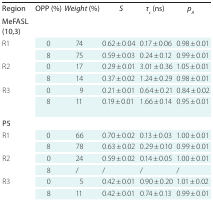
<table><thead><tr><td><b>Region</b></td><td><b>OPP (%)</b></td><td><b><i>Weight</i> (%)</b></td><td><b><i>S</i></b></td><td><b><i>τ<sub>c</sub></i> (ns)</b></td><td colspan="2"><b><i>p<sub>A</sub></i></b></td></tr></thead><tbody><tr><td><b>MeFASL(10,3)</b></td><td></td><td></td><td></td><td colspan="2"></td><td></td></tr><tr><td>R1</td><td>0</td><td>74</td><td>0.62 ± 0.04</td><td colspan="2">0.17 ± 0.06</td><td>0.98 ± 0.01</td></tr><tr><td></td><td>8</td><td>75</td><td>0.59 ± 0.03</td><td colspan="2">0.24 ± 0.12</td><td>0.99 ± 0.01</td></tr><tr><td>R2</td><td>0</td><td>17</td><td>0.29 ± 0.01</td><td colspan="2">3.01 ± 0.36</td><td>1.05 ± 0.01</td></tr><tr><td></td><td>8</td><td>14</td><td>0.37 ± 0.02</td><td colspan="2"><b>1.2</b>4 ± 0.29in</td><td>0.98 ± 0.01</td></tr><tr><td>R3</td><td>0</td><td>9</td><td>0.21 ± 0.01</td><td colspan="2">0.64 ± 0.21</td><td>0.84 ± 0.02</td></tr><tr><td></td><td>8</td><td>11</td><td>0.19 ± 0.01</td><td colspan="2">1.66 ± 0.14</td><td>0.95 ± 0.01</td></tr><tr><td><b>P5</b></td><td colspan="6"></td></tr><tr><td>R1</td><td>0</td><td>66</td><td>0.70 ± 0.02</td><td colspan="2">0.13 ± 0.03</td><td>1.00 ± 0.01</td></tr><tr><td></td><td>8</td><td>78</td><td>0.63 ± 0.02</td><td colspan="2">0.29 ± 0.10</td><td>0.99 ± 0.01</td></tr><tr><td>R2</td><td>0</td><td>24</td><td>0.59 ± 0.02</td><td colspan="2">0.14 ± 0.05</td><td>1.00 ± 0.01</td></tr><tr><td></td><td>8</td><td>/</td><td>/</td><td colspan="2">/</td><td>/</td></tr><tr><td>R3</td><td>0</td><td>5</td><td>0.42 ± 0.01</td><td colspan="2">0.90 ± 0.20</td><td>1.01 ± 0.02</td></tr><tr><td></td><td>8</td><td>11</td><td>0.42 ± 0.01</td><td colspan="2">0.74 ± 0.13</td><td>0.99 ± 0.01</td></tr></tbody></table>